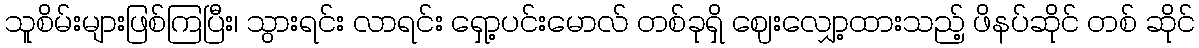
သူစိမ်းများဖြစ်ကြပြီး၊ သွားရင်း လာရင်း ရှော့ပင်းမောလ် တစ်ခုရှိ ဈေးလျှော့ထားသည့် ဖိနပ်ဆိုင် တစ် ဆိုင်